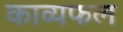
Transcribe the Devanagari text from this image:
काव्यफल